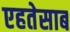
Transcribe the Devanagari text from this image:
एहतेसाब